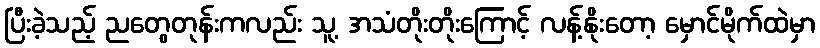
ပြီးခဲ့သည့် ညတွေတုန်းကလည်း သူ့ အသံတိုးတိုးကြောင့် လန့်နိုးတော့ မှောင်မိုက်ထဲမှာ